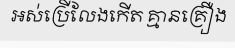
អស់ប្រើលែងកើត គ្មានគ្រឿង